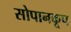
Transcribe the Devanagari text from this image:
सोपानकूप